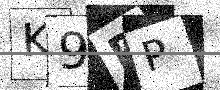
Text: K9DP